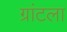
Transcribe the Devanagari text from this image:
ग्रांटला